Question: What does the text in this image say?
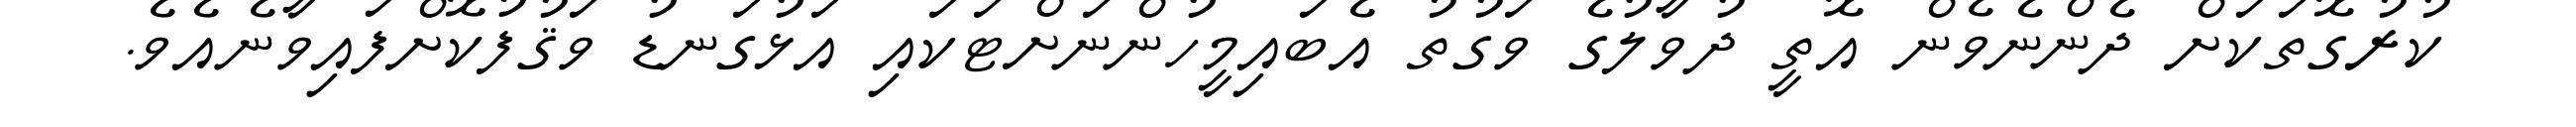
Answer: ކުރުގޮތަކަށް ދެންނެވެން އޮތީ ދުވާލުގެ ވަގުތު އެބައިމީހުންނަށްޓަކައި އަޅުގަނޑު ވަޤުފުކޮށްފައިވާނެއެވެ.